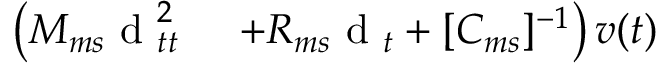
\begin{array} { r l } { \left( M _ { m s } \textrm { d } _ { t t } ^ { 2 } \right. } & { { } \left. + R _ { m s } \textrm { d } _ { t } + [ C _ { m s } ] ^ { - 1 } \right) v ( t ) } \end{array}